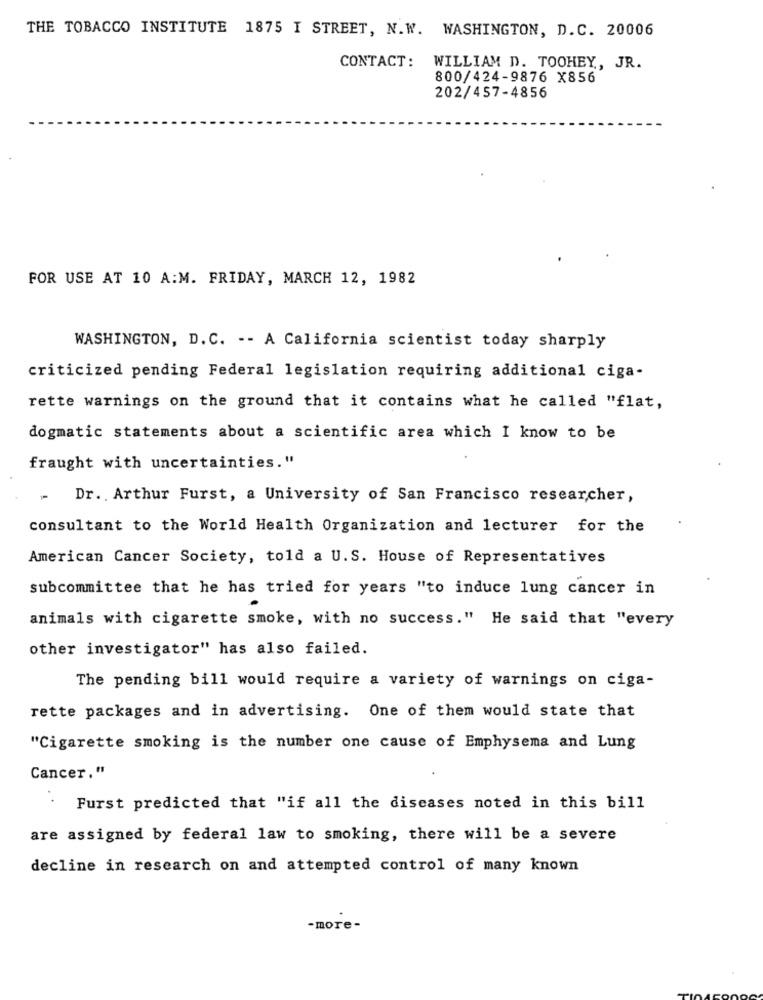
THE TOBACCO INSTITUTE 1875 I STREET, N.W. WASHINGTON, D.C. 20006
CONTACT: WILLIAM D. TOOHEY, JR.
800/424-9876 X856
202/457-4856
FOR USE AT 10 A:M. FRIDAY, MARCH 12, 1982
WASHINGTON, D.C. -- A California scientist today sharply
criticized pending Federal legislation requiring additional ciga-
rette warnings on the ground that it contains what he called "flat,
dogmatic statements about a scientific area which I know to be
fraught with uncertainties."
Dr. Arthur Furst, a University of San Francisco researcher,
consultant to the World Health Organization and lecturer for the
American Cancer Society, told a U.S. House of Representatives
subcommittee that he has tried for years "to induce lung cancer in
animals with cigarette smoke, with no success." He said that "every
other investigator" has also failed.
The pending bill would require a variety of warnings on ciga-
rette packages and in advertising. One of them would state that
"Cigarette smoking is the number one cause of Emphysema and Lung
Cancer."
Furst predicted that "if all the diseases noted in this bill
are assigned by federal law to smoking, there will be a severe
decline in research on and attempted control of many known
-more-